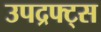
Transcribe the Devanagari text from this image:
उपद्रफ्ट्स